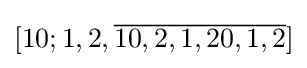
[10;1,2,{\overline {10,2,1,20,1,2}}]